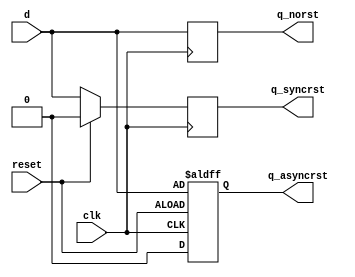
// all types of d flip flop
module Dff(clk, d, q_norst, q_syncrst, q_asyncrst, reset);

input clk, d, reset;
output reg q_asyncrst, q_syncrst, q_norst;

always @(posedge clk) 
    q_norst <= d;

always @(posedge clk)
    if(reset)
        q_syncrst <= 1'b0;
    else
        q_syncrst <= d;

always @(posedge clk or negedge reset)
    if (reset)
        q_asyncrst <= 0;
    else
        q_asyncrst <= d;

endmodule